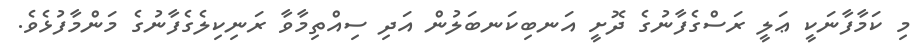
މި ކަމާފާނަކީ ޢަލީ ރަސްގެފާނުގެ ދޮށީ އަނބިކަނބަލުން އަދި ސިއްތިމާވާ ރަނިކިލެގެފާނުގެ މަންމާފުޅެވެ.